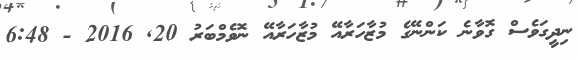
ނިދީގަވެސް ގޮވާނެ ކަންނޭގެ މުޒާހަރާއޭ މުޒާހަރާއޭ ނޮވެމްބަރު 20